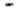
-